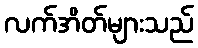
လက်အိတ်များသည်